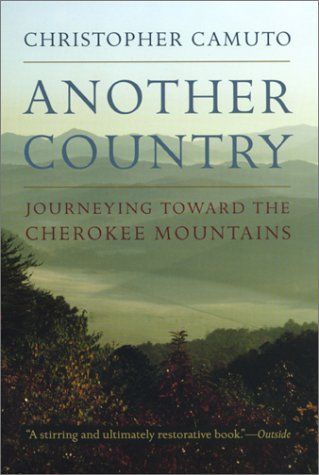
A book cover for Another Country: Journeying toward the Cherokee Mountains; Christopher Camuto; Science & Math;